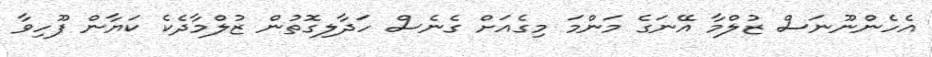
އެހެންނޫނަސް ޒުލްމާ އޭނަގެ މަންމަ މިގެއަށް ގެނެސް ހަދާލިގޮތުން ޒުލްމާދެކެ ކަޔާން ފޫހިވާ